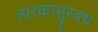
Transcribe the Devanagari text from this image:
तारकासुरवध